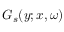
G _ { s } ( \boldsymbol { y } ; \boldsymbol { x } , \omega )